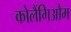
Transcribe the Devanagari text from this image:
कोलैंगिऔम